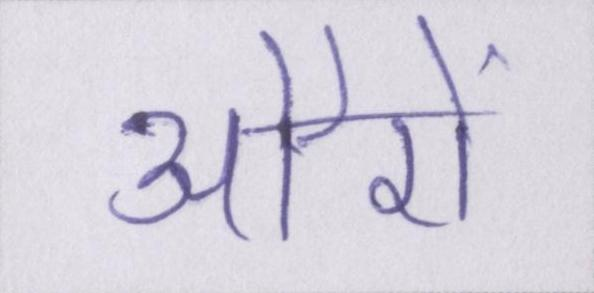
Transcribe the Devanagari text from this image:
औरों